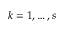
k = 1 , \ldots , s